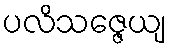
ပလိသဇ္ဇေယျ